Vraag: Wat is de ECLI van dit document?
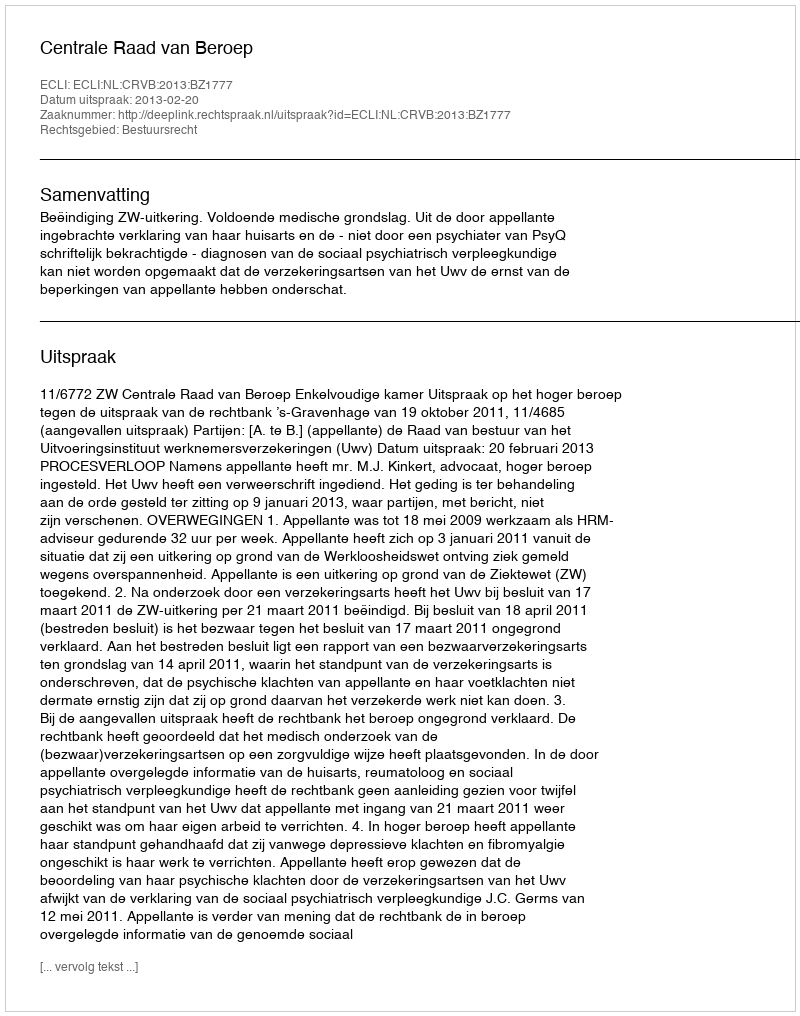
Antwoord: ECLI:NL:CRVB:2013:BZ1777